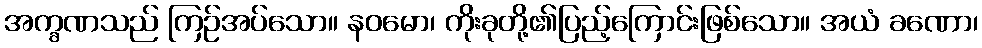
အက္ခဏသည် ကြဉ်အပ်သော။ နဝမော၊ ကိုးခုတို့၏ပြည့်ကြောင်းဖြစ်သော။ အယံ ခဏော၊